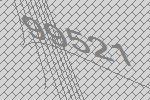
99521